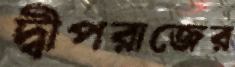
দ্বীপরাজের